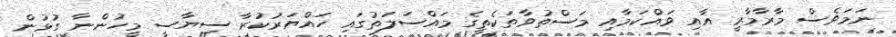
ނަމަވެސް މާރާމާރީ އާއި ވައްކަމާއި މަސްތުވާތަކެތީގެ މައްސަލަތުގައި ހައްޔަރުކުރާ ސިޔާސީ މީހުންނާ ގުޅުން